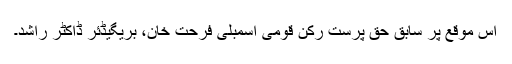
اس موقع پر سابق حق پرست رکن قومی اسمبلی فرحت خان، بریگیڈئر ڈاکٹر راشد۔